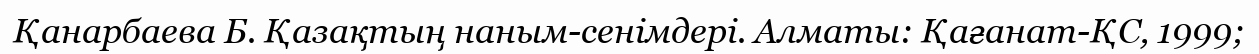
Қанарбаева Б. Қазақтың наным-сенімдері. Алматы: Қағанат-ҚС, 1999;